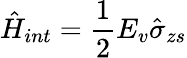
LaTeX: \hat{H}_{int}=\frac{1}{2}E_{v}\hat{\sigma}_{zs}